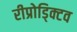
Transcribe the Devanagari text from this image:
रीप्रोड्क्टिव